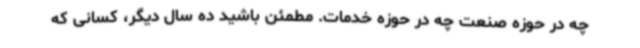
چه در حوزه صنعت چه در حوزه خدمات. مطمئن باشید ده سال دیگر، کسانی که